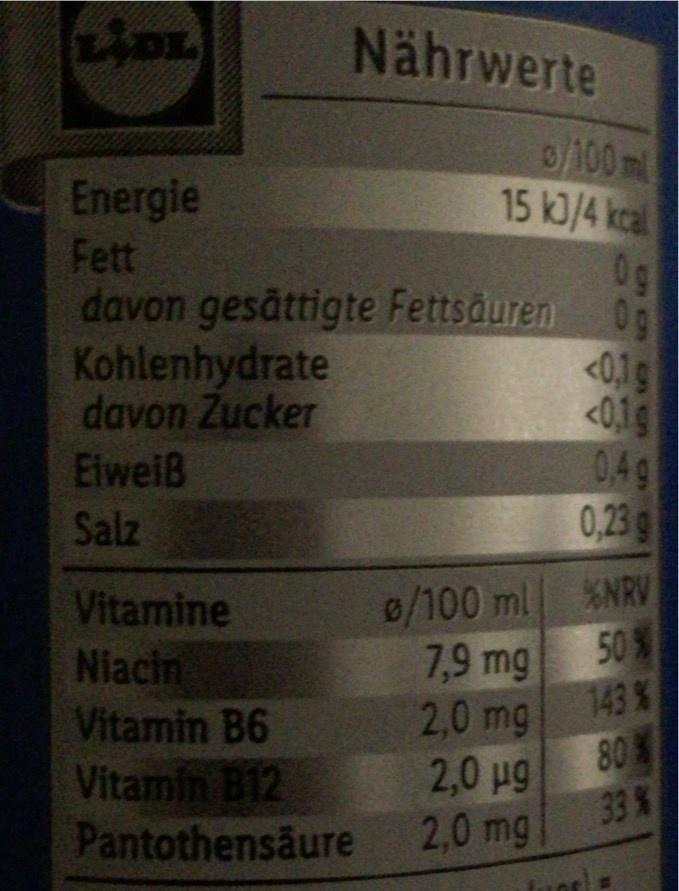
Nährwerte
0/100ml 15 k3/4 kcal 0g
Energie
Fett
davon gesättigte Fettsäuren
0g 019 <0,1g 0,4g 0,23g
Kohlenhydrate davon Zucker
Elweiß
Salz
XNRV
Vitamine Niacin
0/100 ml 50 %
7,9 mg
143 %
2,0 mg 80 33%
Vitamin B6
2,0 ug
Vitamin B12 Pantothensäure 2,0 mg